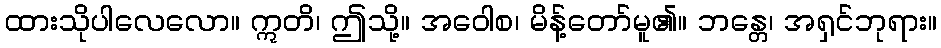
ထားသိုပါလေလော။ ဣတိ၊ ဤသို့။ အဝေါစ၊ မိန့်တော်မူ၏။ ဘန္တေ၊ အရှင်ဘုရား။